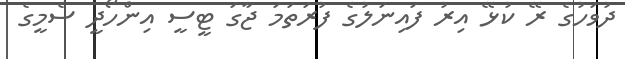
ދުވަހުގެ ރޭ ކުޅޭ އިރު ފައިނަލުގެ ފުރަތަމަ ޖާގަ ޓީސީ އިންހޯދީ ސެމީގެ